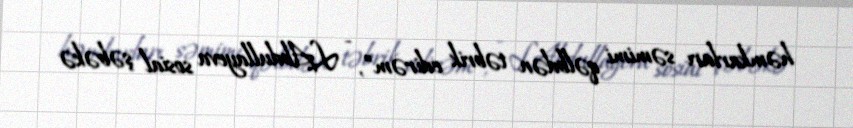
həmkarları səmimi qəlbdən təbrik edirəm”, - L.Abdullayeva sosial şəbəkə